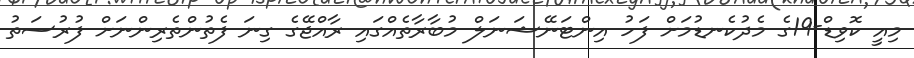
މިއީ ކޮވިޑް-19ގެ މެދުކެނޑުމަށް ފަހު އިންޓަނޭޝަނަލް މުބާރާތެއްގައި ރާއްޖޭގެ ގިނަ ފެތުންތެރިންނަށް ފުރުސަތު